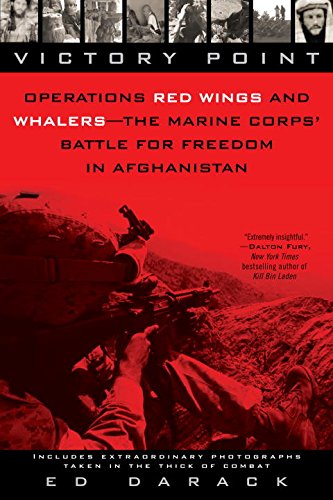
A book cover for Victory Point: Operations Red Wings and Whalers - the Marine Corps' Battle for Freedom in Afghanistan; Ed Darack; History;